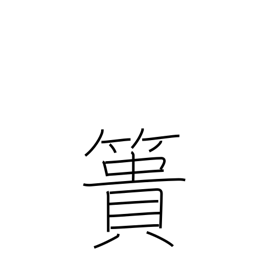
Meaning: earth-carrying basket